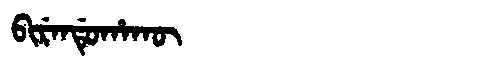
Manchu: ᠪᡳᡵᡝᠨᡩᡠᡥᠠᡴᡡ
Romanization: BIRENDUHAKŪ